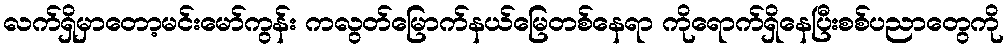
လက်ရှိမှာတော့မင်းမော်ကွန်း ကလွတ်မြောက်နယ်မြေတစ်နေရာ ကိုရောက်ရှိနေပြီးစစ်ပညာတွေကို